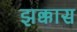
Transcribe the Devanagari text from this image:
झक्कास